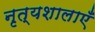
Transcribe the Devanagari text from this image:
नृत्यशालाएँ